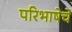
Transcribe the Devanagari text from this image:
परिभाषेचे